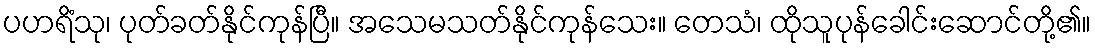
ပဟရိံသု၊ ပုတ်ခတ်နိုင်ကုန်ပြီ။ အသေမသတ်နိုင်ကုန်သေး။ တေသံ၊ ထိုသူပုန်ခေါင်းဆောင်တို့၏။